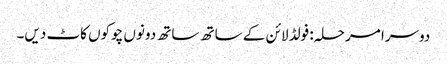
دوسرا مرحلہ: فولڈ لائن کے ساتھ ساتھ دونوں چوکوں کاٹ دیں۔